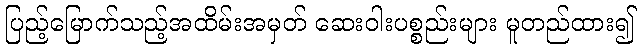
ပြည့်မြောက်သည့်အထိမ်းအမှတ် ဆေးဝါးပစ္စည်းများ မူတည်ထား၍